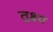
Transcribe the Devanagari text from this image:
तुक्ष्य